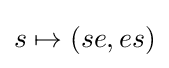
s\mapsto (se,es)